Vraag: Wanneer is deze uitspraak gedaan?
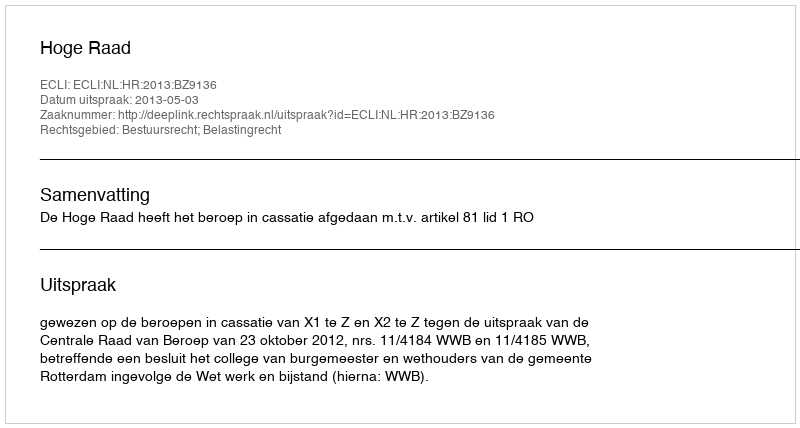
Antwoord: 2013-05-03